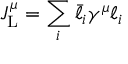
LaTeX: J _ { \mathrm { L } } ^ { \mu } = \sum _ { i } \bar { \ell } _ { i } \gamma ^ { \mu } \ell _ { i }